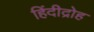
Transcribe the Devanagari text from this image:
हिंदीद्रोह